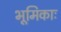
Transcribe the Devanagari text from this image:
भूमिकाः